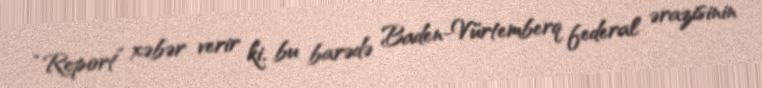
“Report” xəbər verir ki, bu barədə Baden-Vürtemberq federal ərazisinin